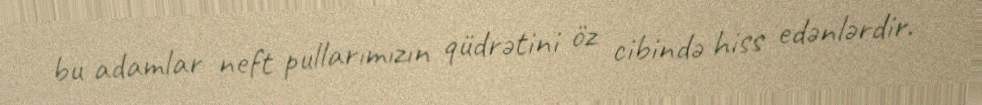
bu adamlar neft pullarımızın qüdrətini öz cibində hiss edənlərdir.